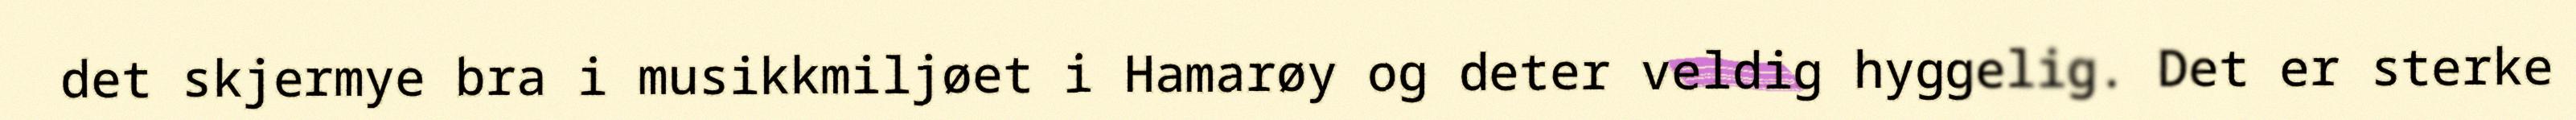
det skjermye bra i musikkmiljøet i Hamarøy og deter veldig hyggelig. Det er sterke